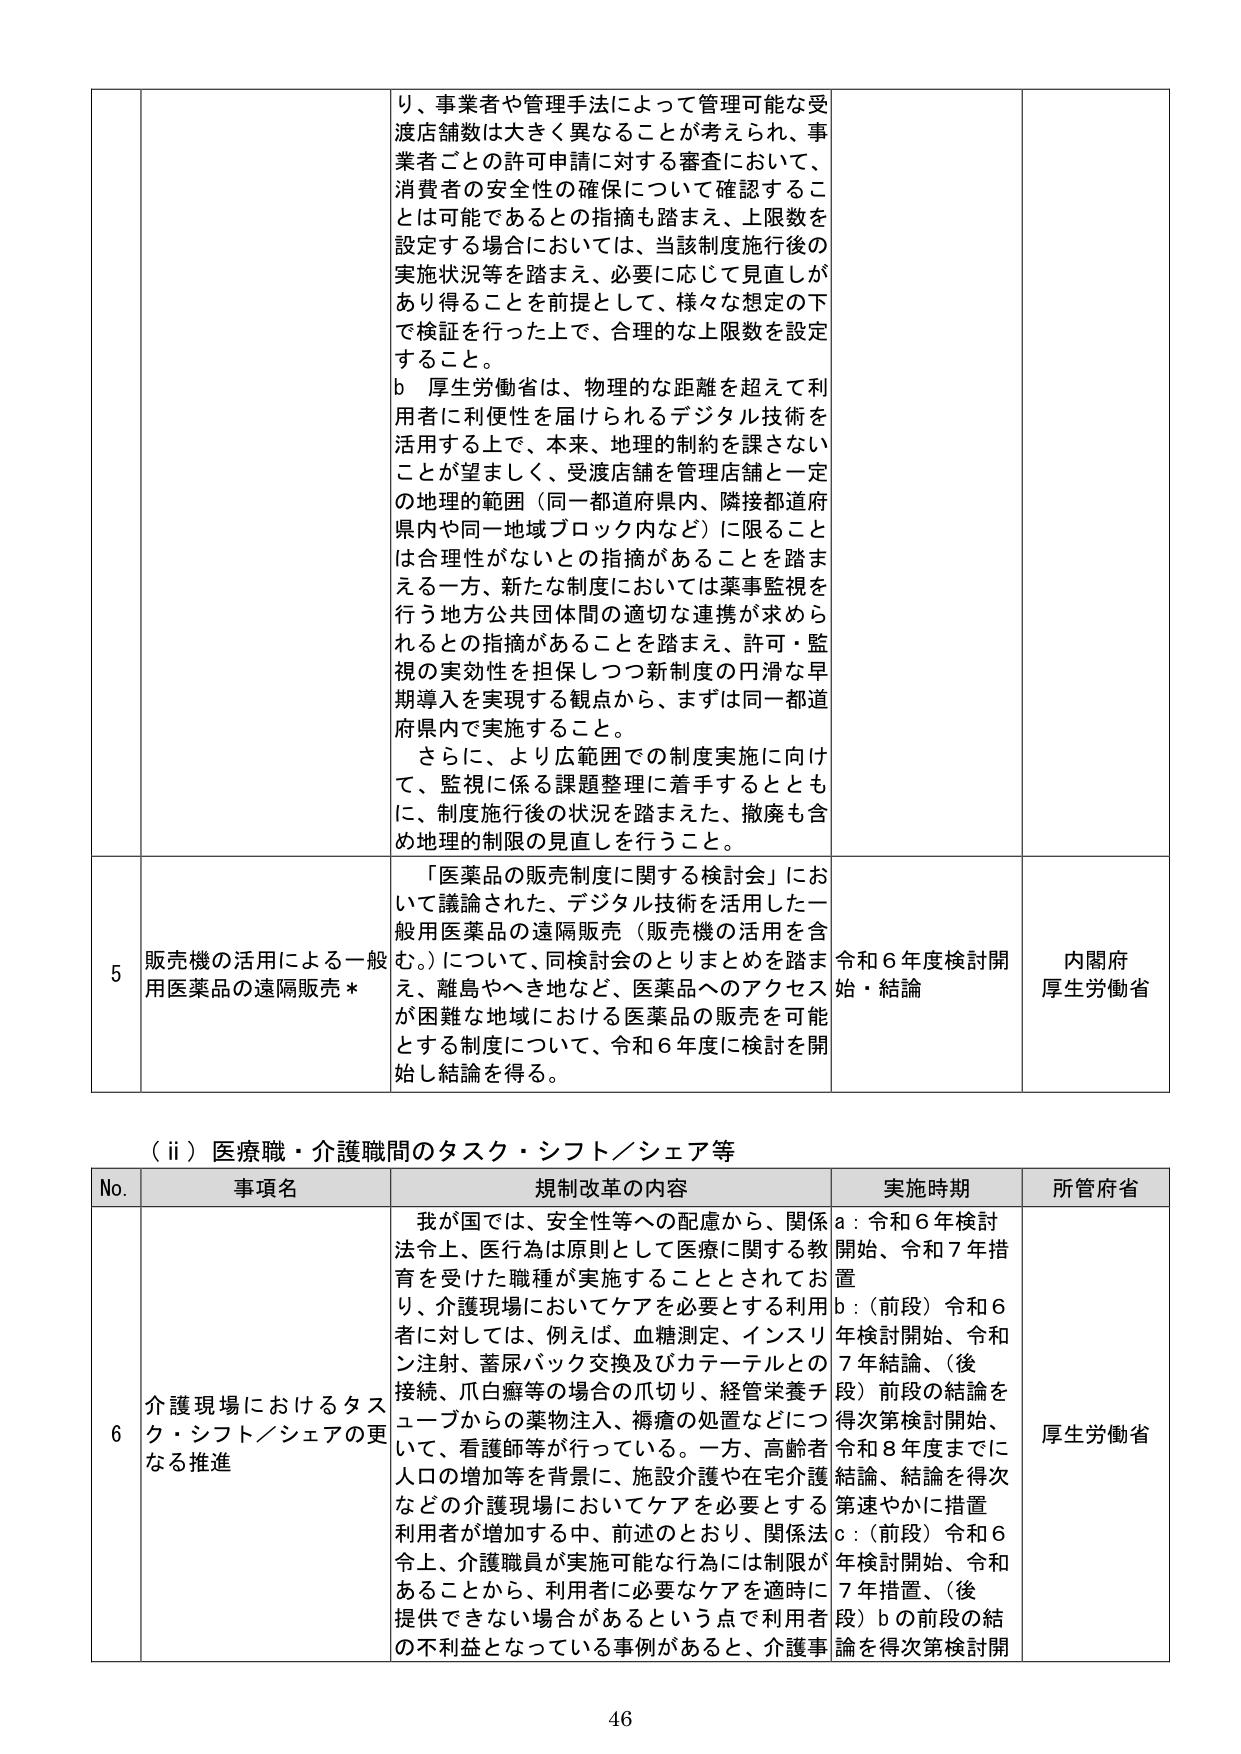
り、事業者や管理手法によって管理可能な受渡店舗数は大きく異なることが考えられ、事業者ごとの許可申請に対する審査において、消費者の安全性の確保について確認することは可能であるとの指摘も踏まえ、上限数を設定する場合においては、当該制度施行後の実施状況等を踏まえ、必要に応じて見直しがあり得ることを前提として、様々な想定の下で検証を行った上で、合理的な上限数を設定すること。

b 厚生労働省は、物理的な距離を超えて利用者に利便性を届けられるデジタル技術を活用する上で、本来、地理的制約を課さないことが望ましく、受渡店舗を管理店舗と一定の地理的範囲（同一都道府県内、隣接都道府県内や同一地域ブロック内など）に限ることは合理性がないとの指摘があることを踏まえる一方、新たな制度においては薬事監視を行う地方公共団体間の適切な連携が求められるとの指摘があることを踏まえ、許可・監視の実効性を担保しつつ新制度の円滑な早期導入を実現する観点から、まずは同一都道府県内で実施すること。

さらに、より広範囲での制度実施に向けて、監視に係る課題整理に着手するとともに、制度施行後の状況を踏まえた、撤廃も含め地理的制限の見直しを行うこと。

5 販売機の活用による一般用医薬品の遠隔販売 *
「医薬品の販売制度に関する検討会」において議論された、デジタル技術を活用した一般用医薬品の遠隔販売（販売機の活用を含む。）について、同検討会のとりまとめを踏まえ、離島やへき地など、医薬品へのアクセスが困難な地域における医薬品の販売が可能とする制度について、令和6年度に検討を開始し結論を得る。
令和6年度検討開始・結論
内閣府
厚生労働省

（ii）医療職・介護職間のタスク・シフト／シェア等

No. 事項名 規制改革の内容 実施時期 所管府省

6 介護現場におけるタスク・シフト／シェアの更なる推進
我が国では、安全性等への配慮から、関係法令上、医行為は原則として医療に関する教育を受けた職種が実施することとされており、介護現場においてケアを必要とする利用者に対しては、例えば、血糖測定、インスリン注射、薬尿パック交換及びカテーテルとの接続、爪白癬等の場合の爪切り、経管栄養チューブからの薬物注入、褥瘡の処置などについて、看護師等が行っている。一方、高齢者人口の増加等を背景に、施設介護や在宅介護などの介護現場においてケアを必要とする利用者が増加する中、前述のとおり、関係法令上、介護職員が実施可能な行為には制限があることから、利用者に必要なケアを適時に提供できない場合があるという点で利用者の不利益となっている事例があると、介護事
a：令和6年検討開始、令和7年措置
b：（前段）令和6年検討開始、令和7年結論、（後段）前段の結論を得次第検討開始、令和8年度までに結論、結論を得次第速やかに措置
c：（前段）令和6年検討開始、令和7年措置、（後段）bの前段の結論を得次第検討開
厚生労働省

46